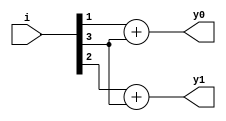
module bin_encoder_4_2(input [3:0]i,output y0,y1);

//Data flow abstraction

assign y0 = i[1]+i[3];
assign y1 = i[2]+i[3];

endmodule